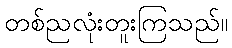
တစ်ညလုံးတူးကြသည်။